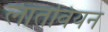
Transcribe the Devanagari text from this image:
लातवियन